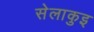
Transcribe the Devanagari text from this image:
सेलाकुइ